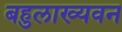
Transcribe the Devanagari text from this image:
बहुलाख्यवन